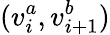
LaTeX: (v_{i}^{a},v_{i+1}^{b})